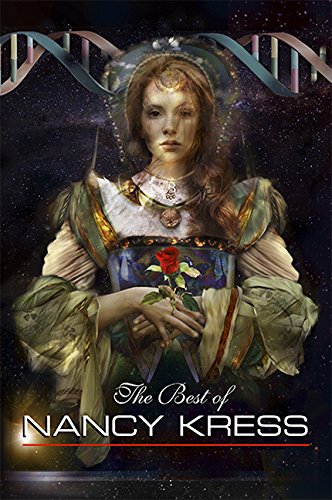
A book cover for The Best of Nancy Kress; Nancy Kress; Science Fiction & Fantasy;